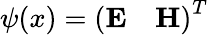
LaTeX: \psi(x)=\left(\begin{array}{ll}{\textbf{E}}&{\textbf{H}}\end{array}\right)^{T}